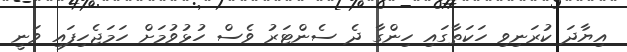
އިޔާދަ ކުރަނިވި ހަކަތާގައި ހިންގާ ދެ ސެންޓަރު ވެސް ހުޅުވުމަށް ހަމަޖެހިފައި ވަނީ